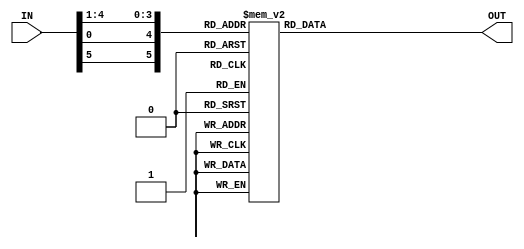
`timescale 1ns / 1ps

module SBox_7(
    output reg [1:4] OUT,
    input [1:6] IN
    );
    
    always @(IN)
    
    begin
    
        case({IN[1],IN[6],IN[2:5]})
    
    
            6'b000000 : OUT <= 04;
    
            6'b000001 : OUT <= 11;
    
            6'b000010 : OUT <= 02;
    
            6'b000011 : OUT <= 14;
    
            6'b000100 : OUT <= 15;
    
            6'b000101 : OUT <= 00;
    
            6'b000110 : OUT <= 08;
    
            6'b000111 : OUT <= 13;
    
            6'b001000 : OUT <= 03;
    
            6'b001001 : OUT <= 12;
    
            6'b001010 : OUT <= 09;
    
            6'b001011 : OUT <= 07;
    
            6'b001100 : OUT <= 05;
    
            6'b001101 : OUT <= 10;
    
            6'b001110 : OUT <= 06;
    
            6'b001111 : OUT <= 01;
    
    
            6'b010000 : OUT <= 13;
    
            6'b010001 : OUT <= 00;
    
            6'b010010 : OUT <= 11;
    
            6'b010011 : OUT <= 07;
    
            6'b010100 : OUT <= 04;
    
            6'b010101 : OUT <= 09;
    
            6'b010110 : OUT <= 01;
    
            6'b010111 : OUT <= 10;
    
            6'b011000 : OUT <= 14;
    
            6'b011001 : OUT <= 03;
    
            6'b011010 : OUT <= 05;
    
            6'b011011 : OUT <= 12;
    
            6'b011100 : OUT <= 02;
    
            6'b011101 : OUT <= 15;
    
            6'b011110 : OUT <= 08;
    
            6'b011111 : OUT <= 06;
    
    
            6'b100000 : OUT <= 01;
    
            6'b100001 : OUT <= 04;
    
            6'b100010 : OUT <= 11;
    
            6'b100011 : OUT <= 13;
    
            6'b100100 : OUT <= 12;
    
            6'b100101 : OUT <= 03;
    
            6'b100110 : OUT <= 07;
    
            6'b100111 : OUT <= 13;
    
            6'b101000 : OUT <= 10;
    
            6'b101001 : OUT <= 15;
    
            6'b101010 : OUT <= 06;
    
            6'b101011 : OUT <= 08;
    
            6'b101100 : OUT <= 00;
    
            6'b101101 : OUT <= 05;
    
            6'b101110 : OUT <= 09;
    
            6'b101111 : OUT <= 02;
    
    
            6'b110000 : OUT <= 06;
    
            6'b110001 : OUT <= 11;
    
            6'b110010 : OUT <= 13;
    
            6'b110011 : OUT <= 08;
    
            6'b110100 : OUT <= 01;
    
            6'b110101 : OUT <= 04;
    
            6'b110110 : OUT <= 10;
    
            6'b110111 : OUT <= 07;
    
            6'b111000 : OUT <= 09;
    
            6'b111001 : OUT <= 05;
    
            6'b111010 : OUT <= 00;
    
            6'b111011 : OUT <= 15;
    
            6'b111100 : OUT <= 14;
    
            6'b111101 : OUT <= 02;
    
            6'b111110 : OUT <= 03;
    
            6'b111111 : OUT <= 12;
    
    endcase
    
    end 
endmodule